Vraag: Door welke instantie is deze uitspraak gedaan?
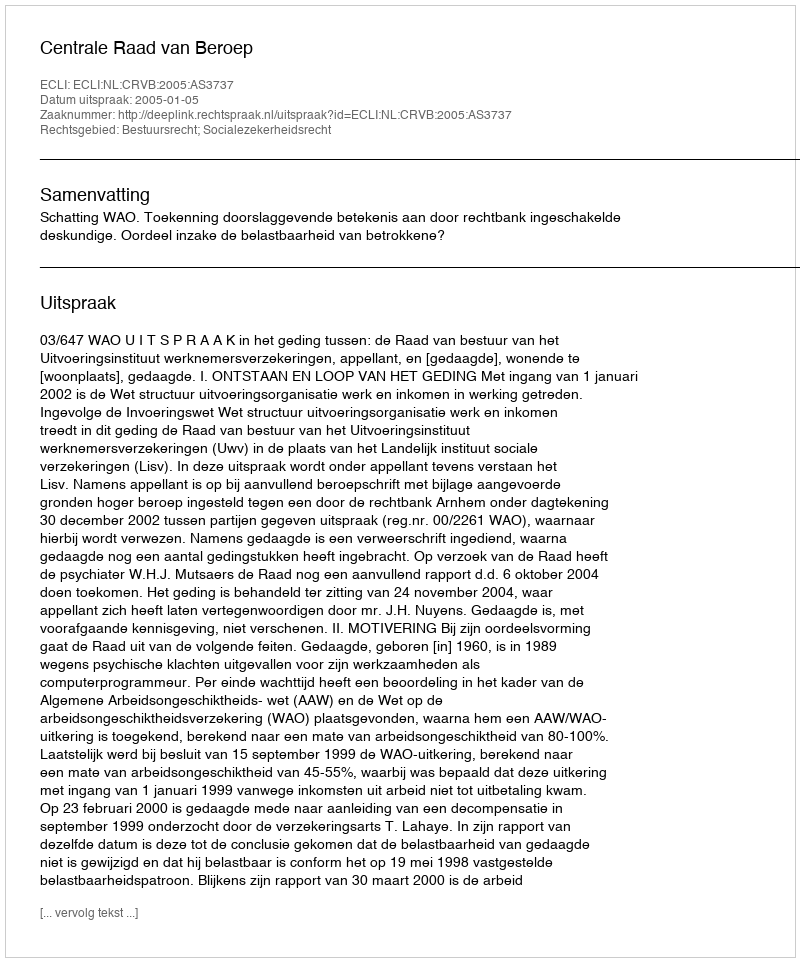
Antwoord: Centrale Raad van Beroep